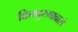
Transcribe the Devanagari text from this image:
किम्पुरुषावासं